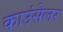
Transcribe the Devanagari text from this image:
काउंसेलर